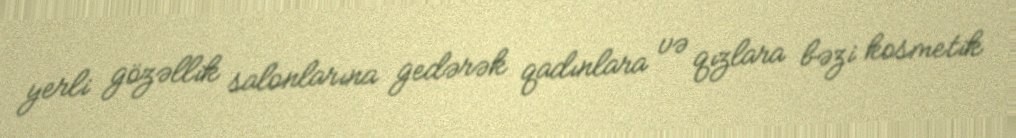
yerli gözəllik salonlarına gedərək qadınlara və qızlara bəzi kosmetik